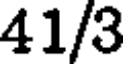
41/3